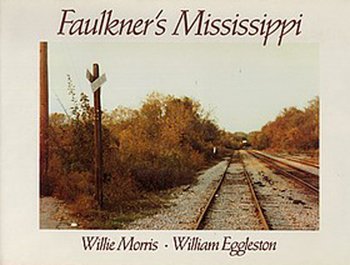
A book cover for Faulkner's Mississippi; Willie Morris; Biographies & Memoirs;